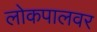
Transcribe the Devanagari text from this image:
लोकपालवर